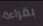
بقراءة